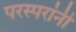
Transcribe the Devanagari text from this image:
परस्परांनी